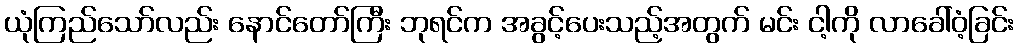
ယုံကြည်သော်လည်း နောင်တော်ကြီး ဘုရင်က အခွင့်ပေးသည့်အတွက် မင်း ငါ့ကို လာခေါ်ဝံ့ခြင်း